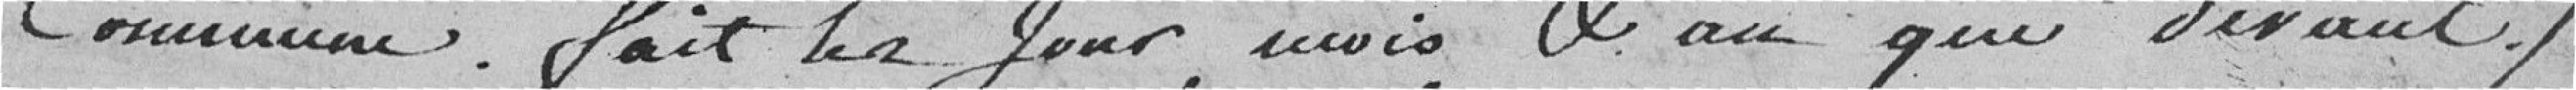
commune. Fait les jour, mois et an que devant.